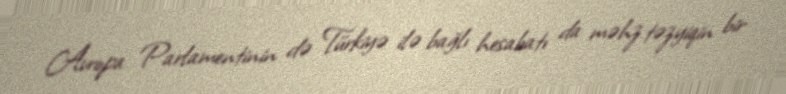
Avropa Parlamentinin də Türkiyə ilə bağlı hesabatı da məhz təzyiqin bir